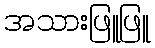
အသားဖြူဖြူ